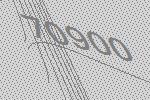
70900